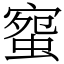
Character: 䗕